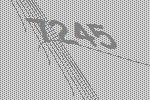
7245